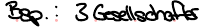
Bsp.: 3 Gesellschafter